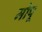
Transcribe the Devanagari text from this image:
मोपू